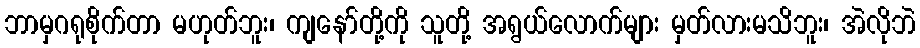
ဘာမှဂရုစိုက်တာ မဟုတ်ဘူး၊ ကျနော်တို့ကို သူတို့ အရွယ်လောက်များ မှတ်လားမသိဘူး၊ အဲလိုဘဲ